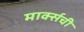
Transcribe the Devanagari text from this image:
मार्क्सची